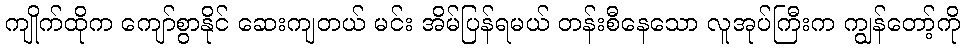
ကျိုက်ထိုက ကျော်စွာနိုင် ဆေးကျတယ် မင်း အိမ်ပြန်ရမယ် တန်းစီနေသော လူအုပ်ကြီးက ကျွန်တော့်ကို